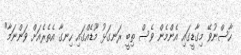
ހާސްނުވޭ މިގާޑީގައި އެންމެން ވެސް ތިބީ ރަނގަޅު މޫޑެއްގައި ހިނގާ އެތެރެއަށް ވަންނަމާ"